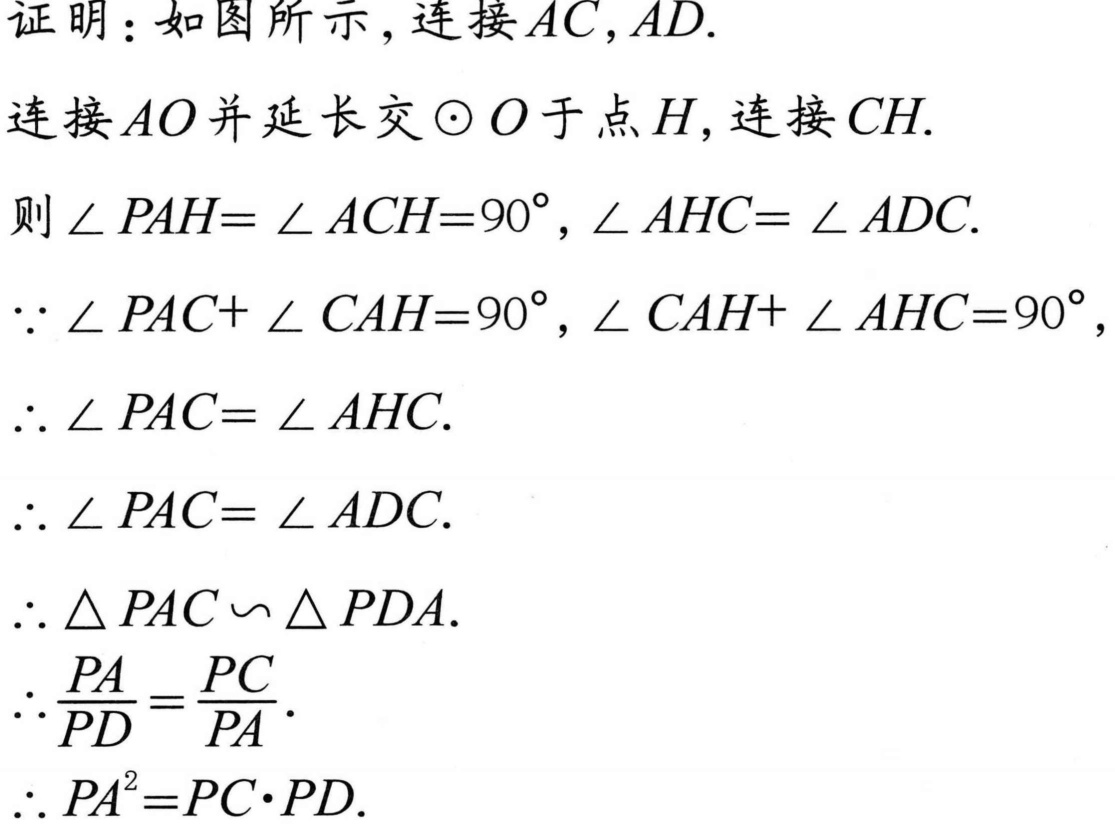
证明：如图所示，连接 \(AC,AD\).

连接 \(AO\) 并延长交 \(\odot O\) 于点 \(H\)，连接 \(CH\).

则 \(\angle PAH = \angle ACH = 90^{\circ}\)，\(\angle AHC = \angle ADC\).

\(\because \angle PAC+\angle CAH = 90^{\circ}\)，\(\angle CAH+\angle AHC = 90^{\circ}\)，

\(\therefore \angle PAC = \angle AHC\).

\(\therefore \angle PAC = \angle ADC\).

\(\therefore \triangle PAC\sim\triangle PDA\).

\(\therefore \frac{PA}{PD}=\frac{PC}{PA}\).

\(\therefore PA^{2}=PC\cdot PD\).